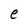
Character: e